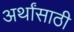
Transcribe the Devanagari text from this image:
अर्थांसाठी